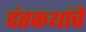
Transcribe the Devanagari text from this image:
दंतकथांचे